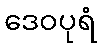
ဒေဝပုရံ